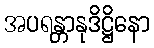
အပရန္တာနုဒိဋ္ဌိနော